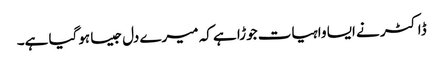
ڈاکٹر نے ایسا واہیات جوڑا ہے کہ میرے دل جیسا ہوگیا ہے۔